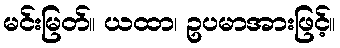
မင်းမြတ်။ ယထာ၊ ဥပမာအားဖြင့်။